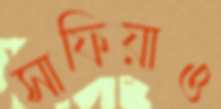
সাফিয়াও